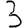
Digit: 3